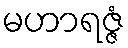
မဟာရဇ္ဇံ